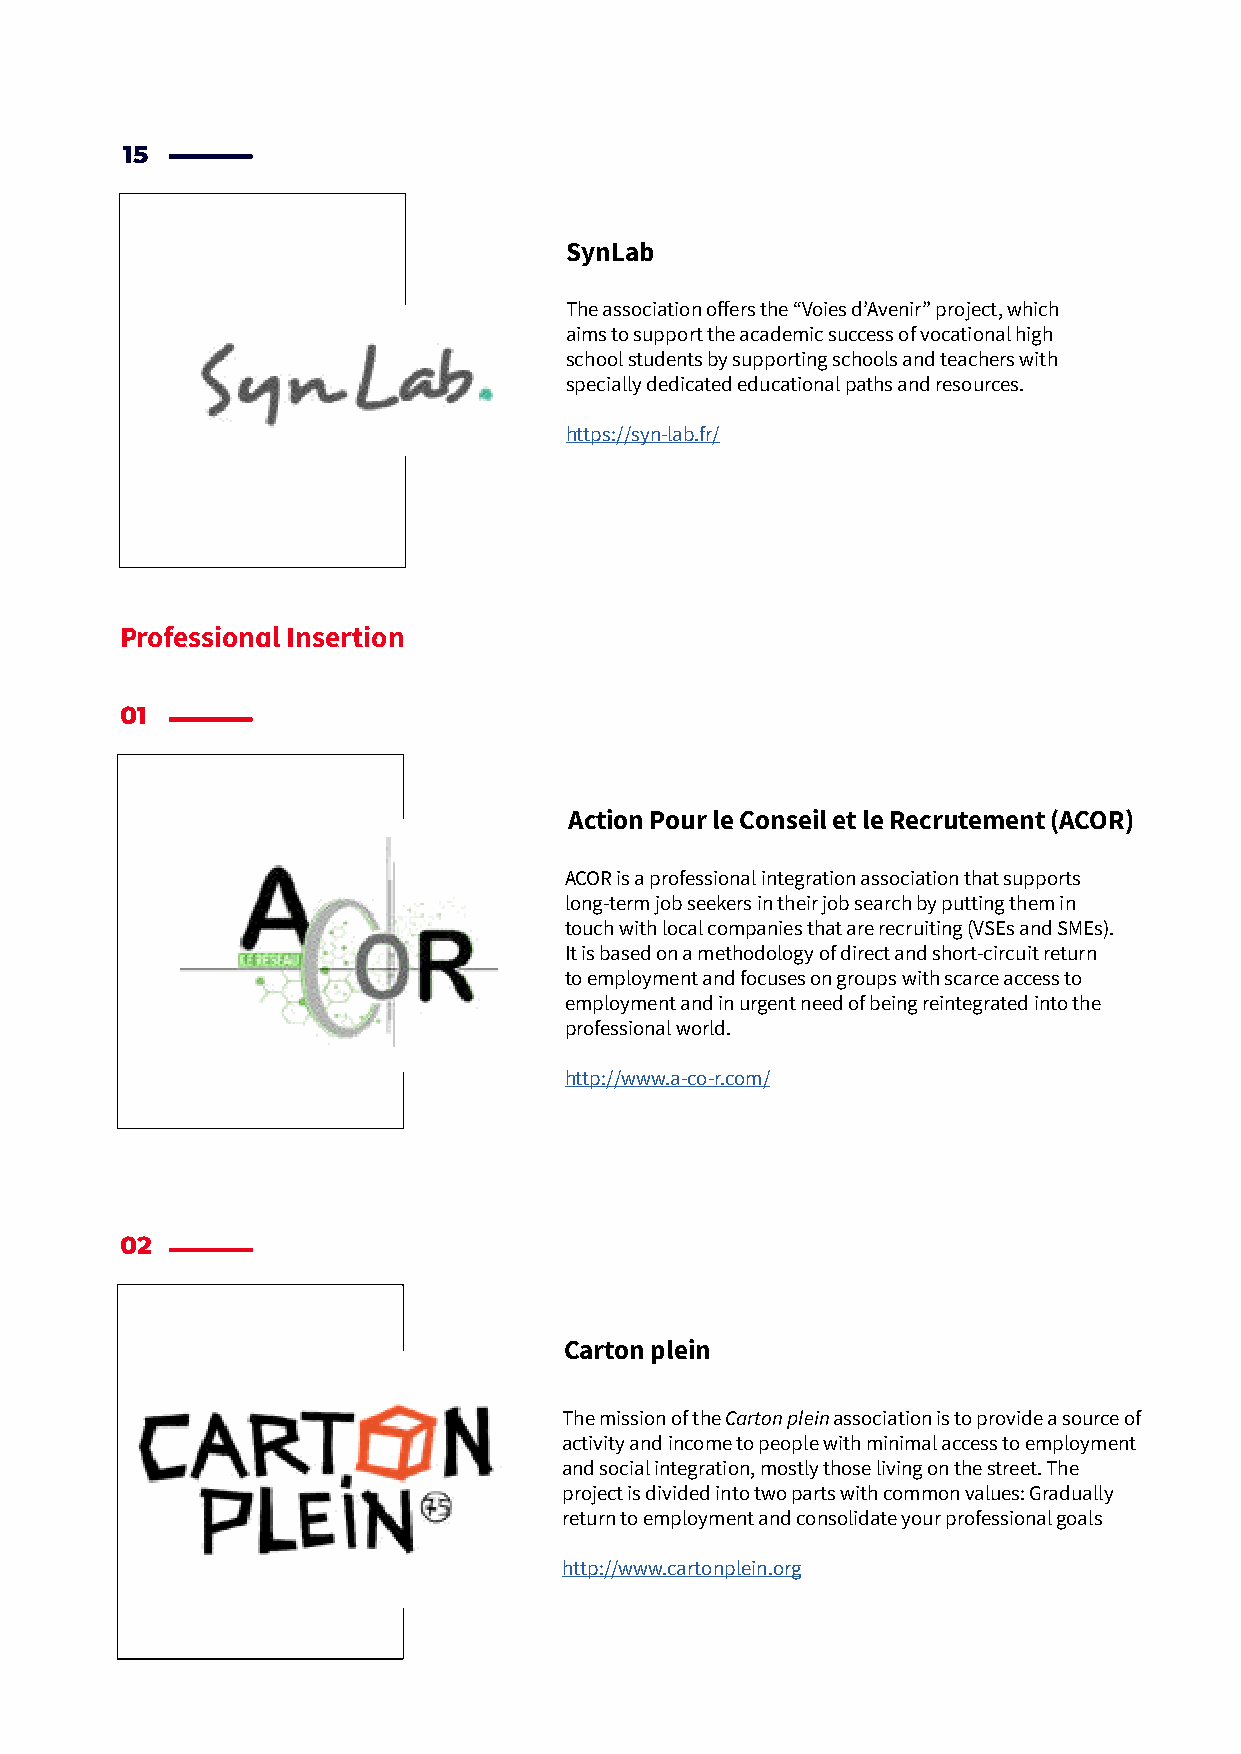
15
 SynLab
 The association offers the “Voies d’Avenir” project, which
 aims to support the academic success of vocational high
 school students by supporting schools and teachers with
 specially dedicated educational paths and resources.
 https://syn-lab.fr/
 Professional Insertion
 01
 Action Pour le Conseil et le Recrutement (ACOR)
 ACOR is a professional integration association that supports
 long-term job seekers in their job search by putting them in
 touch with local companies that are recruiting (VSEs and SMEs).
 It is based on a methodology of direct and short-circuit return
 to employment and focuses on groups with scarce access to
 employment and in urgent need of being reintegrated into the
 professional world.
 http://www.a-co-r.com/
 02
 Carton plein
 The mission of the Carton plein association is to provide a source of
 activity and income to people with minimal access to employment
 and social integration, mostly those living on the street. The
 project is divided into two parts with common values: Gradually
 return to employment and consolidate your professional goals
 http://www.cartonplein.org